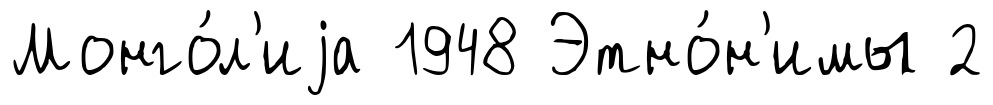
Монго́л'иjа 1948 Этно́н'имы 2